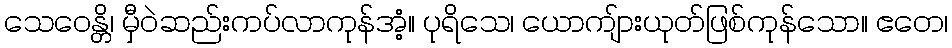
သေဝေန္တိ၊ မှီဝဲဆည်းကပ်လာကုန်အံ့။ ပုရိသေ၊ ယောကျ်ားယုတ်ဖြစ်ကုန်သော။ ဧတေ၊